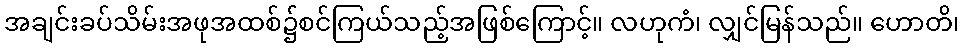
အချင်းခပ်သိမ်းအဖုအထစ်၌စင်ကြယ်သည့်အဖြစ်ကြောင့်။ လဟုကံ၊ လျှင်မြန်သည်။ ဟောတိ၊